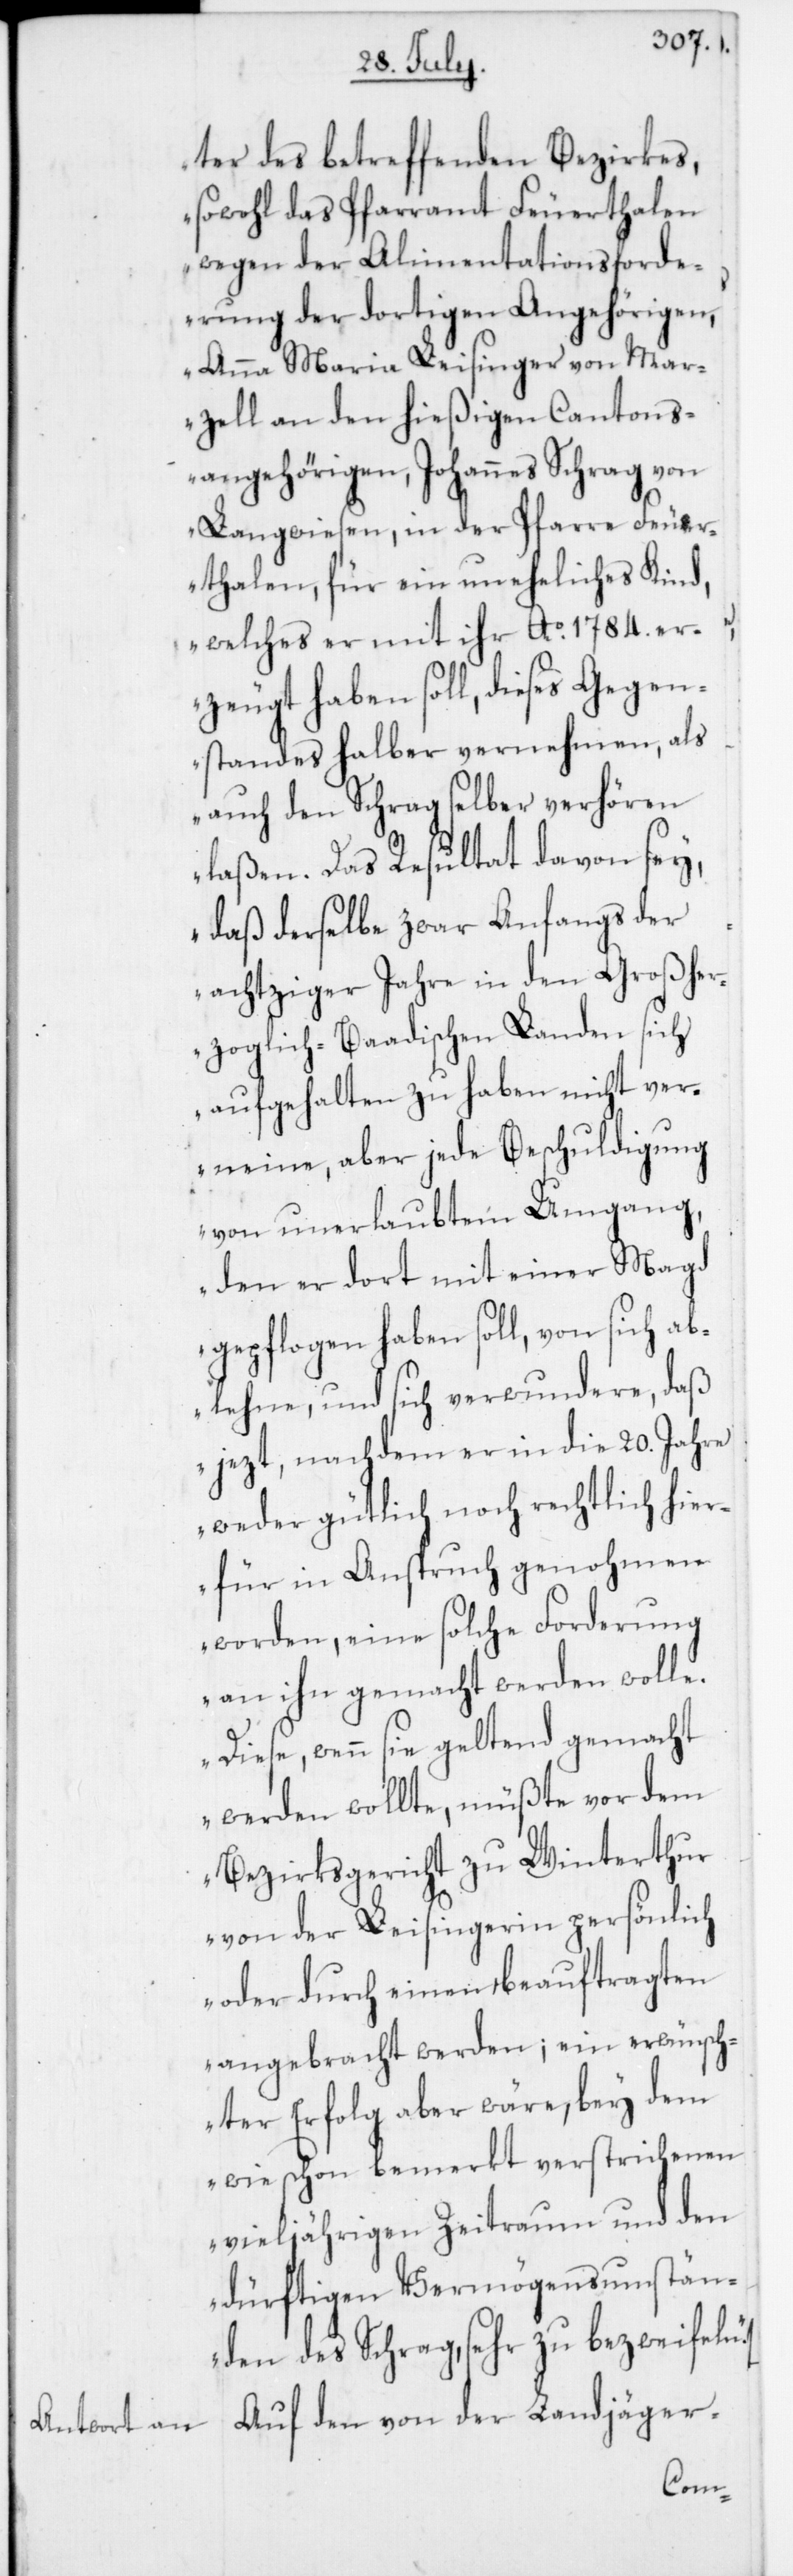
ter des betreffenden Bezirkes,
sowohl das Pfarramt Feuerthalen
wegen der Alimentationsforde¬
rung der dortigen Angehörigen
Anna Maria Leisinger von Mar¬
zell an den hießigen Cantons¬
angehörigen, Johannes Schrag von
Langwiesen, in der Pfarre Feuer¬
thalen, für ein uneheliches Kind,
welches er mit ihr Ao 1784. er¬
zeugt haben soll, dieses Gegen¬
standes halber vernehmen, als
auch den Schrag selber verhören
laßen. Das Resultat davon sey,
daß derselbe zwar Anfangs der
achtziger Jahre in den Großher¬
zoglich-Baadischen Landen sich
aufgehalten zu haben nicht ver¬
neine, aber jede Beschuldigung
von unerlaubtem Umgang,
den dort mit einer Magd
gepflogen haben soll, von sich ab¬
lehne, und sich verwundere, daß
jezt, nachdem er in die 20. Jahre
weder gütlich noch rechtlich hier¬
für in Anspruch genohmen
worden, eine solche Forderung
an ihn gemacht werden wolle.
Diese, wenn sie geltend gemacht
werden wollte, müßte vor dem
Bezirksgericht zu Winterthur
von der Leisingerin persönlich
oder durch einen Beauftragten
angebracht werden, ein erwünsch¬
ter Erfolg aber wäre, bey dem
wie schon bemerkt verstrichenen
vieljährigen Zeitraum und den
dürftigen Vermögensumstän¬
den des Schrag, sehr zu bezweifeln.“